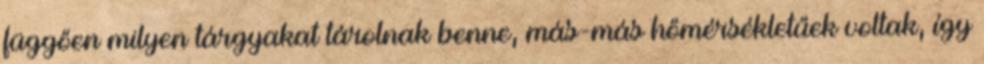
függően milyen tárgyakat tárolnak benne, más-más hőmérsékletűek voltak, így